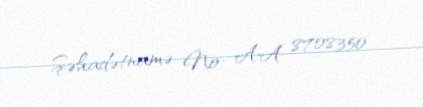
Şəhadətnamə №: AA 8708350